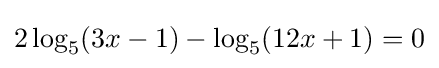
2\log _{5}(3x-1)-\log _{5}(12x+1)=0